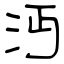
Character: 沔